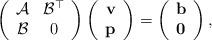
LaTeX: \begin{align*}\left(\begin{array}{cc} \mathcal{A} & \mathcal{B}^{\top} \\ \mathcal{B} & 0 \end{array} \right)\left(\begin{array}{c} \mathbf{v} \\ \mathbf{p} \end{array} \right) = \left(\begin{array}{c} \mathbf{b} \\ \mathbf{0} \end{array} \right),\end{align*}